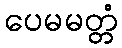
ပေမမတ္တံ